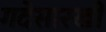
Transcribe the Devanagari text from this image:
गदेसारखी